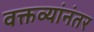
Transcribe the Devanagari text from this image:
वक्तव्यांनंतर